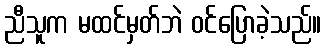
ညီသူက မထင်မှတ်ဘဲ ဝင်ပြောခဲ့သည်။